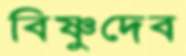
বিষ্ণুদেব